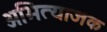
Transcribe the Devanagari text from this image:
अभित्याजक